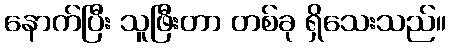
နောက်ပြီး သူဖြီးတာ တစ်ခု ရှိသေးသည်။